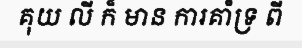
គុយ លី ក៏ មាន ការគាំទ្រ ពី